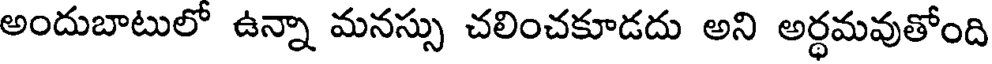
అందుబాటులో ఉన్నా మనస్సు చలించకూడదు అని అర్ధమవుతోంది